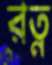
রত্ন